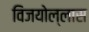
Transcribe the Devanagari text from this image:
विजयोल्लास